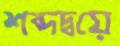
শব্দদ্বয়ে